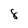
Character: 8